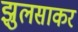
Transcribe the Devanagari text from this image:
झुलसाकर